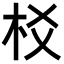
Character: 𣏠